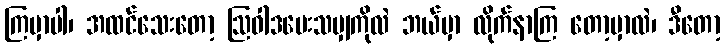
ကြမှာပါ၊ အထင်သေးတော့ ဩဝါဒပေးသမျှကိုလဲ ဘယ်မှာ လိုက်နာကြ တော့မှာလဲ၊ ဒီတော့